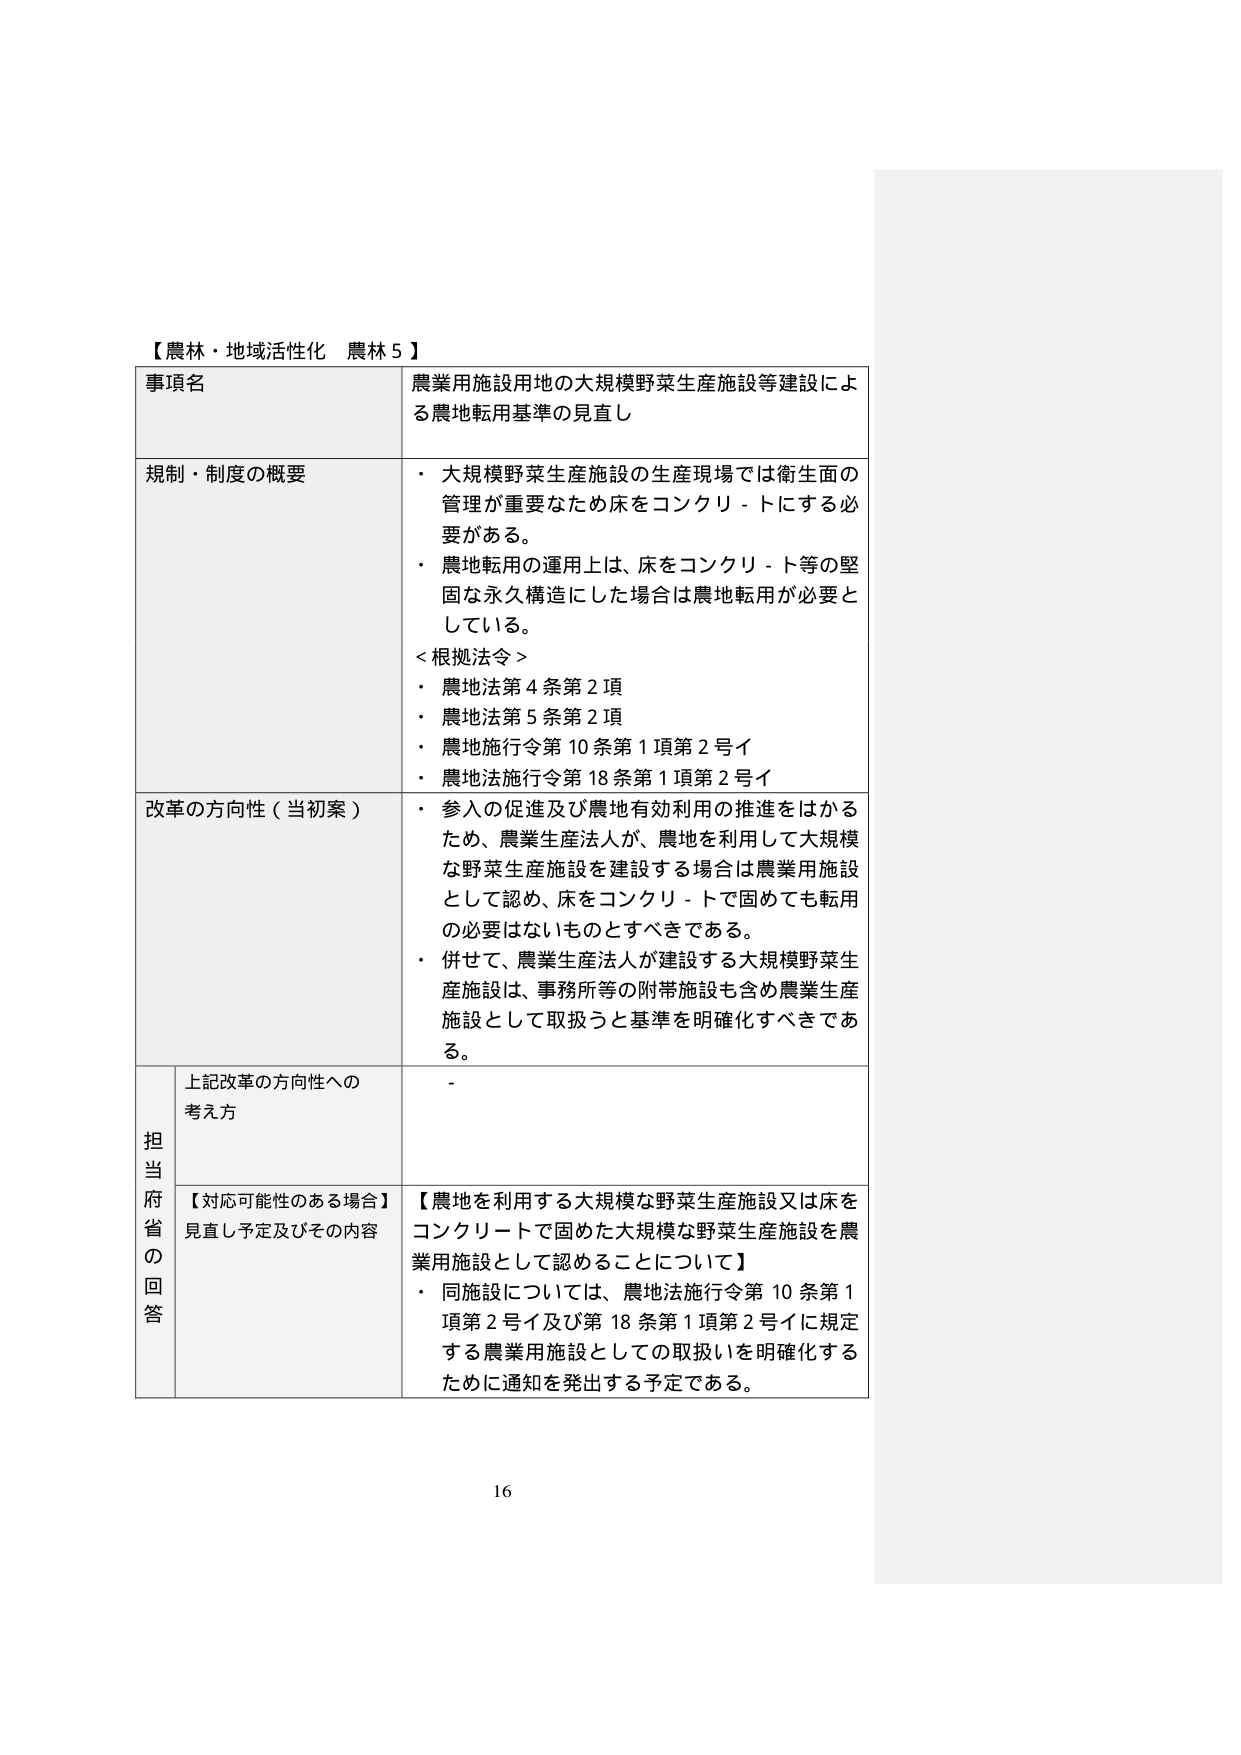
【農林・地域活性化 農林５】

事項名
農業用施設用地の大規模野菜生産施設等建設による農地転用基準の見直し

規制・制度の概要
・大規模野菜生産施設の生産現場では衛生面の管理が重要なため床をコンクリ－トにする必要がある。
・農地転用の運用上は、床をコンクリ－ト等の堅固な永久構造にした場合は農地転用が必要としている。
＜根拠法令＞
・農地法第4条第2項
・農地法第5条第2項
・農地施行令第10条第1項第2号イ
・農地法施行令第18条第1項第2号イ

改革の方向性（当初案）
・参入の促進及び農地有効利用の推進をはかるため、農業生産法人が、農地を利用して大規模な野菜生産施設を建設する場合は農業用施設として認め、床をコンクリ－トで固めても転用の必要はないものとすべきである。
・併せて、農業生産法人が建設する大規模野菜生産施設は、事務所等の附帯施設も含め農業生産施設として取扱うと基準を明確化すべきである。

担当府省の回答
上記改革の方向性への考え方
-

【対応可能性のある場合】見直し予定及びその内容
【農地を利用する大規模な野菜生産施設又は床をコンクリートで固めた大規模な野菜生産施設を農業用施設として認めることについて】
・同施設については、農地法施行令第10条第1項第2号イ及び第18条第1項第2号イに規定する農業用施設としての取扱いを明確化するために通知を発出する予定である。

16